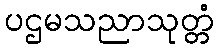
ပဌမသညာသုတ္တံ